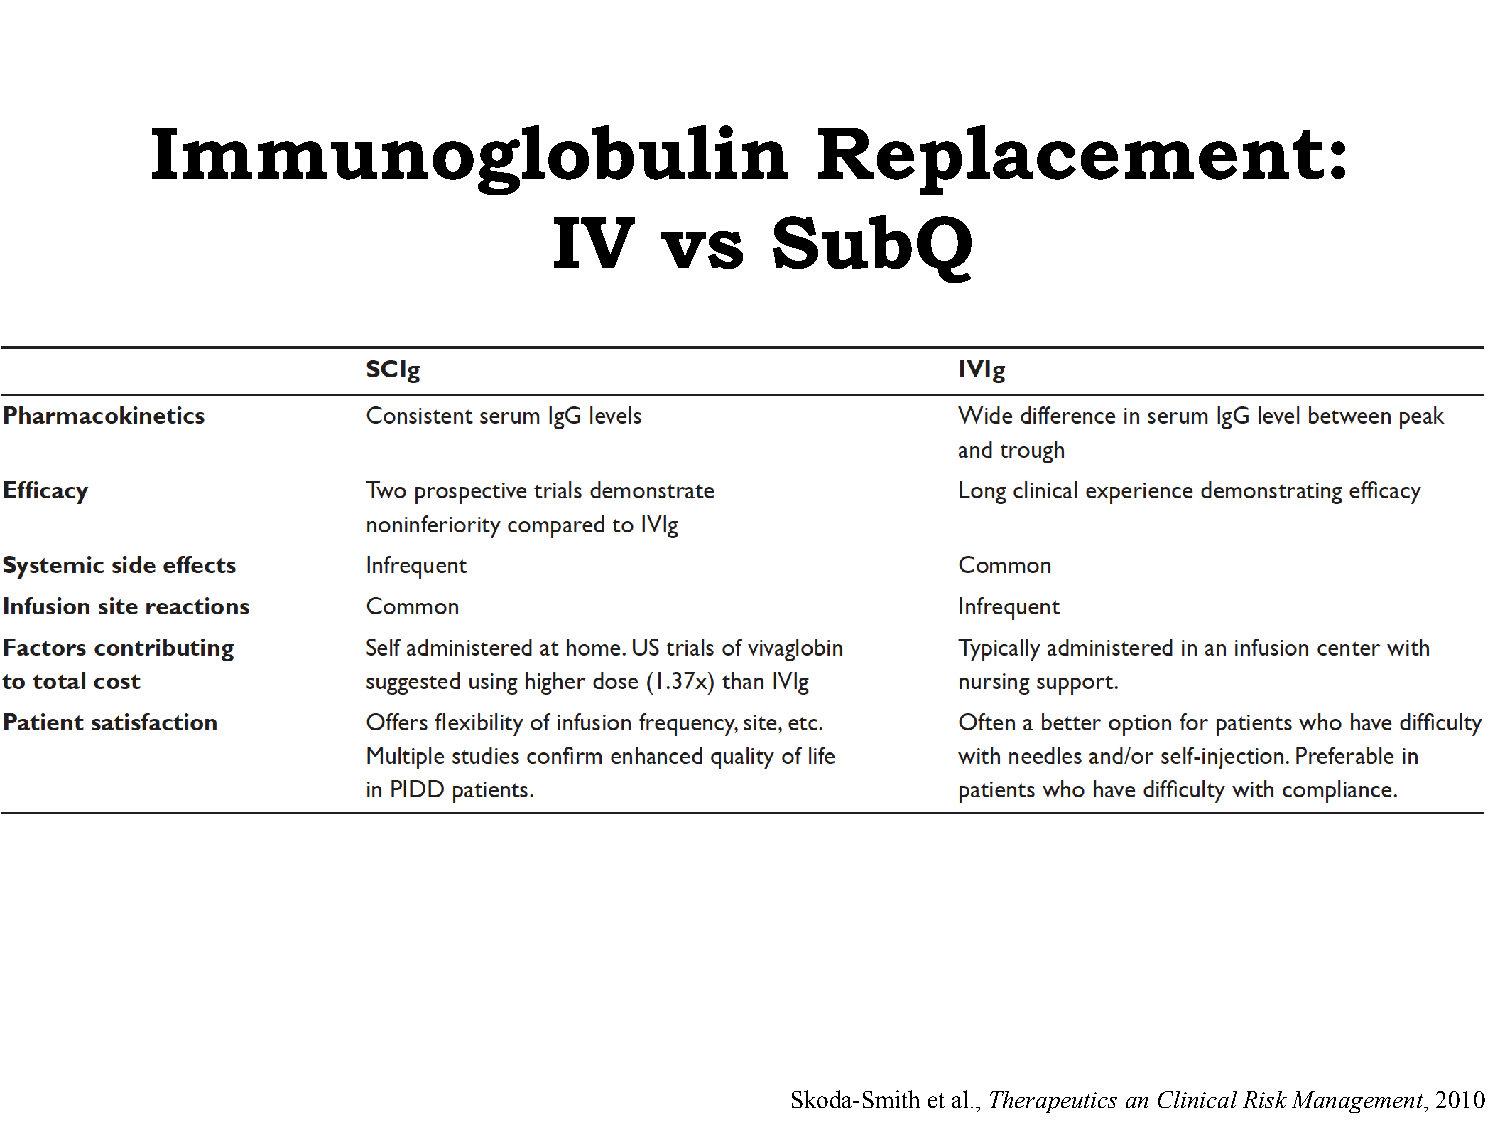
Immunoglobulin                              Replacement:
 IV     vs     SubQ
 Skoda-Smith et al., Therapeutics an Clinical Risk Management, 2010